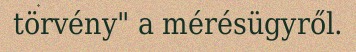
törvény" a mérésügyről.